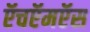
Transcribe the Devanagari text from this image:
ऍचऍमऍस